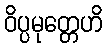
ဝိပ္ပမုတ္တေဟိ